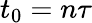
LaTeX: t_{0}=n\tau